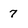
Character: 7